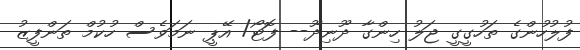
ފުލުހުންގެ ތަހުގީގީ ޖަލު ހިންގާ ދޫނިދޫ-- ފޮޓޯ/ އޭޕީ ނަމަވެސް ހުކުމް ތަންފީޒު